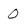
Character: 0